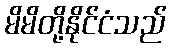
မိမိတို့နိုင်ငံသည်